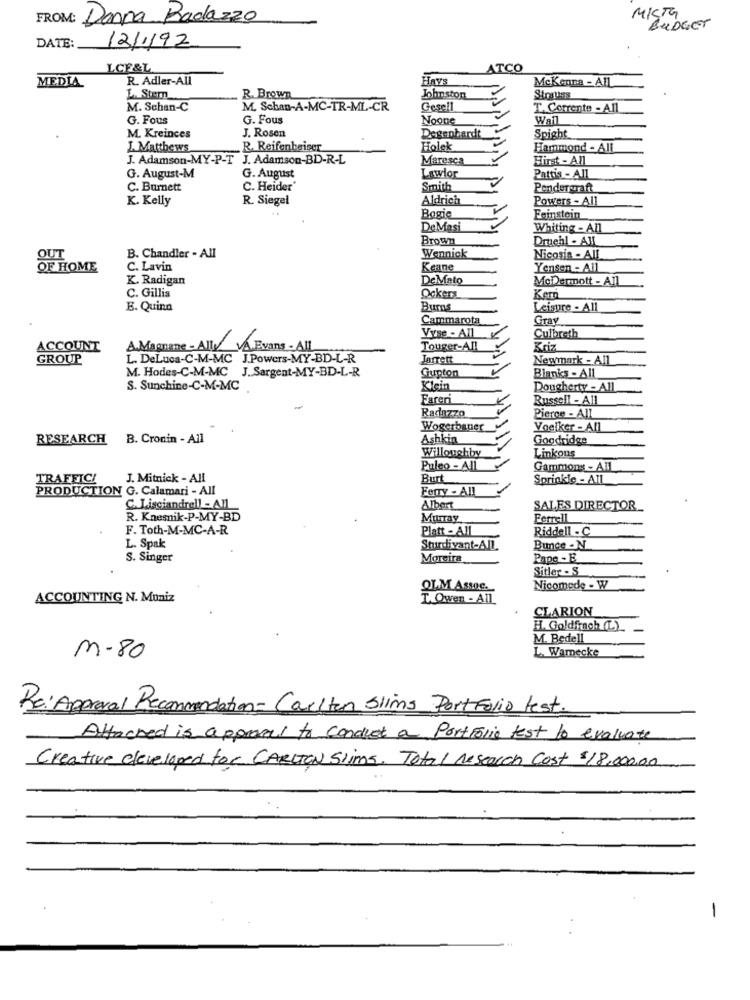
FROM: Donna Radazzo
MICTG
BUDGET
12/1/92
DATE:
LCF&L
ATCO
R. Adler-All
HAVE
McKenna - All
MEDIA
L. Stern
R. Brown
Johnston
Straties
M. Schan-C
M. Schan-A-MC-TR-ML-CR
Gesell
T. Corrente - All
G. Fous
G. Fous
Noone
Wall
J. Rosen
M. Kreinces
Degenhardt
Spight
J. Matthews
R. Reifenbeiger
Holek
Hammond - AIL
J. Adamson-MY-P-T J. Adamson-BD-R-L
Maresca
Hirst - All
G. August-M
G. August
Lawlor
Pattis - All
C. Burnett
C. Heider
Smith
Pendergraft
K. Kelly
R. Siegel
Aldrich
Powers - All
Bagie
Feinstein
DeMasi
Whiting - All
Brown
Druehl - All
OUT
B. Chandler - All
Wennick
Nicosin - All
OF HOME
C. Lavin
Keane
Yensen - All
K. Radigan
DeMato
McDermott - All
C. Gillis
Ockers
Ken
E. Quinn
MUMOM
Burns
Leisure - All
Cammarota
Gray
Vyse - All
Culbreth
ACCOUNT
A.Magnane - Ally VAEvans - AIL
Touger-All
Kriz
GROUP
L. DeLuca-C-M-MC J.Powers-MY-BD-L-R
Jarrett
Newmark - All
M. Hodes-C-M-MC J. Sargent-MY-BD-L-R
Grupton
Blanks - All
S. Sunchine-C-M-MC
Klein
Dougherty - All
Fareri
Russell - All
Radazzo
Pierce - All
Wogerbaner
Voelker - All
RESEARCH B. Cronin - All
Ashkin
Goodridge
Willoughby
Linkous
Puleo - AIL
Gammons - All
TRAFFIC!
J. Mitnick - All
Burt
Sprinkle - AIL
PRODUCTION G. Calamari - All
Ferry - All
C. Lisciandrell - All
Albert
SALES DIRECTOR
R. Knesnik-P-MY-BD
Murray
Ferrell
F. Toth-M-MC-A-R
Platt - All
Riddell - C
L. Spak
Stuurdivant-AIL
Bunce -N
S. Singer
Moreira
Pape - E
Sitler - S
OLM Assoc.
Nicomede - W
ACCOUNTING N. Muniz
T. Owen - All.
CLARION
H. Goldfrach (L)
M. Bedell
L. Warnecke
m-80
Re: Approval Recommendation - Carlton Slims Portfolio test.
=
Attached is approval to conduct a Portfolio test to evaluate
Creative developed for CARLTON Slims. Total research Cost $18,000.00
-